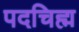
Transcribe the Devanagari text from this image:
पदचिह्म